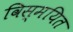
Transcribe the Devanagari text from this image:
विस्मयित